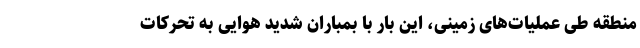
منطقه طی عملیات‌های زمینی، این بار با بمباران شدید هوایی به تحرکات